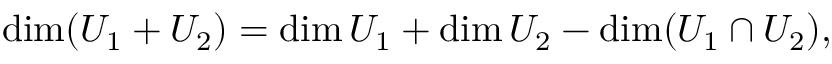
\dim ( U _ { 1 } + U _ { 2 } ) = \dim U _ { 1 } + \dim U _ { 2 } - \dim ( U _ { 1 } \cap U _ { 2 } ) ,